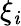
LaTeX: \xi_{\mathit{i}}